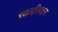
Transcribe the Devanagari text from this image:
रक्तपरिवतन